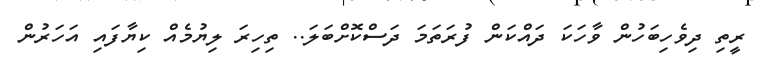
ރީތި ދިވެހިބަހުން ވާހަކަ ދައްކަން ފުރަތަމަ ދަސްކޮށްބަލަ.. ތިހިރަ ލިޔުމެއް ކިޔާފައި އަހަރުން